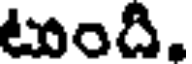
టుంది.